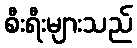
စီးရီးများသည်